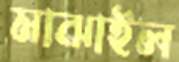
মাঝাইল